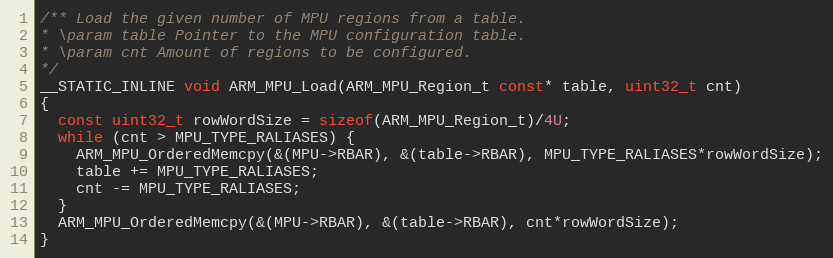
Language: C
/** Load the given number of MPU regions from a table.
* \param table Pointer to the MPU configuration table.
* \param cnt Amount of regions to be configured.
*/
__STATIC_INLINE void ARM_MPU_Load(ARM_MPU_Region_t const* table, uint32_t cnt)
{
  const uint32_t rowWordSize = sizeof(ARM_MPU_Region_t)/4U;
  while (cnt > MPU_TYPE_RALIASES) {
    ARM_MPU_OrderedMemcpy(&(MPU->RBAR), &(table->RBAR), MPU_TYPE_RALIASES*rowWordSize);
    table += MPU_TYPE_RALIASES;
    cnt -= MPU_TYPE_RALIASES;
  }
  ARM_MPU_OrderedMemcpy(&(MPU->RBAR), &(table->RBAR), cnt*rowWordSize);
}